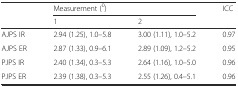
| <ROWSPAN=2>  | <COLSPAN=2> Measurement (0) | <ROWSPAN=2> ICC |
 | 1 | 2 |
 | --- | --- | --- | --- |
 | AJPS IR | 2.94 (1.25), 1.0–5.8 | 3.00 (1.11), 1.0–5.2 | 0.97 |
 | AJPS ER | 2.87 (1.33), 0.9–6.1 | 2.89 (1.09), 1.2–5.2 | 0.95 |
 | PJPS IR | 2.40 (1.34), 0.3–5.3 | 2.64 (1.16), 1.0–5.0 | 0.96 |
 | PJPS ER | 2.39 (1.38), 0.3–5.3 | 2.55 (1.26), 0.4–5.1 | 0.96 |